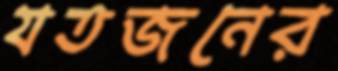
যতজনের